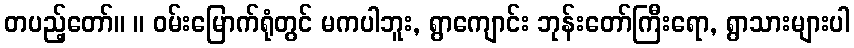
တပည့်တော်။ ။ ဝမ်းမြောက်ရုံတွင် မကပါဘူး, ရွာကျောင်း ဘုန်းတော်ကြီးရော, ရွာသားများပါ